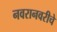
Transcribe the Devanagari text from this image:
नवरानवरीचे